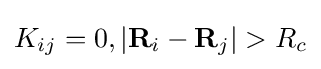
K_{ij}=0,|\mathbf {R} _{i}-\mathbf {R} _{j}|>R_{c}